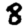
Digit: 8